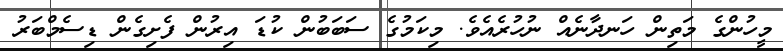
މީހުންގެ މަތިން ހަނދާނެއް ނުހުރެއެވެ. މިކަމުގެ ސަބަބުން ކުޑަ އިރުން ފެށިގެން ޑިސެމްބަރު